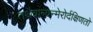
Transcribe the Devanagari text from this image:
तथैवान्यन्मेरोर्दक्षिणतो